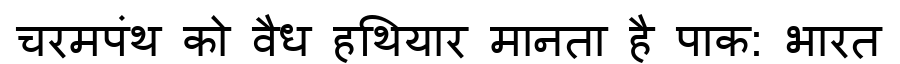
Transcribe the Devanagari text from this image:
चरमपंथ को वैध हथियार मानता है पाक: भारत